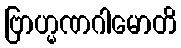
ဗြာဟ္မဏဂါမောတိ